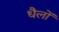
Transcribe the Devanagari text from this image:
धैलों